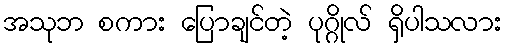
အသုဘ စကား ပြောချင်တဲ့ ပုဂ္ဂိုလ် ရှိပါသလား